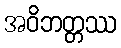
အဝိဘတ္တဿ